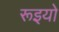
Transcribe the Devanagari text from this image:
रूइयो